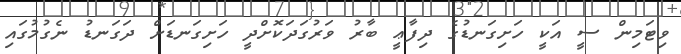
ވިޓަމިން ސީ އަކީ ހަށިގަނޑުގެ ދިފާޢީ ބާރު ވަރުގަދަކޮށްދީ ހަށިގަނޑަށް ދަގަނޑު ނެގުމުގައި